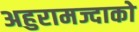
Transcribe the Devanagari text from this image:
अहुरामज्दाको